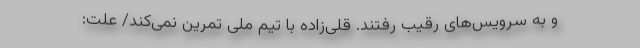
و به سرویس‌های رقیب رفتند. قلی‌زاده با تیم ملی تمرین نمی‌کند/ علت: